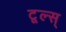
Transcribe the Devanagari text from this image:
टूल्स्